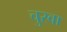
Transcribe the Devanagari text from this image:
चुरवा